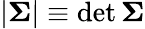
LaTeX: |{\boldsymbol{\Sigma}}|\equiv\operatorname*{d\mathrm{e}t}{\boldsymbol{\Sigma}}